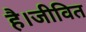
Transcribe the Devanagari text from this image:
है।जीवित